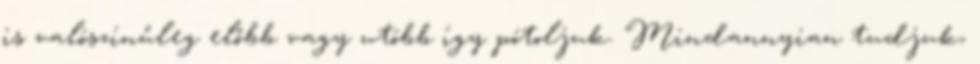
is valószínűleg előbb vagy utóbb így pótoljuk. Mindannyian tudjuk,